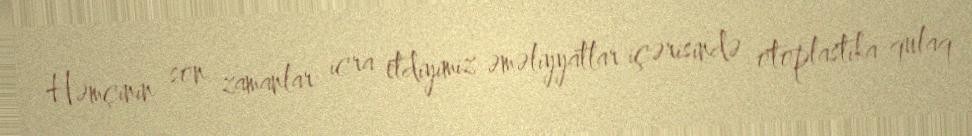
Həmçinin son zamanlar icra etdiyimiz əməliyyatlar içərisində otoplastika qulaq